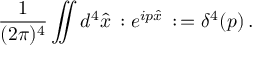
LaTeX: { \frac { 1 } { ( 2 \pi ) ^ { 4 } } } \int \! \! \! \! \! \int d ^ { 4 } \hat { x } \, : e ^ { i p \hat { x } } \, : \, = \delta ^ { 4 } ( p ) \, .